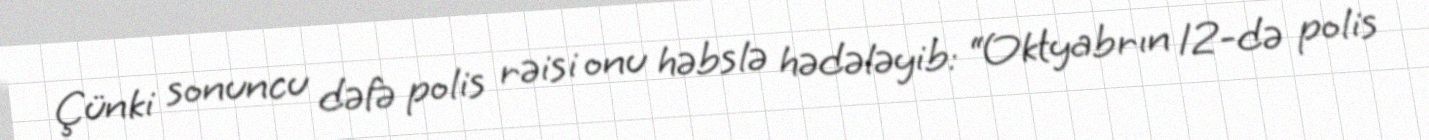
Çünki sonuncu dəfə polis rəisi onu həbslə hədələyib: “Oktyabrın 12-də polis